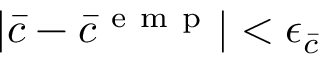
| \bar { c } - \bar { c } ^ { \mathrm { ~ e ~ m ~ p ~ } } | < \epsilon _ { \bar { c } }